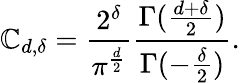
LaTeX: \mathbb{C}_{d,\delta}={\frac{{2^{\delta}}}{{\pi^{\frac{{d}}{{2}}}}}}{\frac{{\Gamma({\frac{{d+\delta}}{{2}}})}}{{\Gamma(-{\frac{{\delta}}{{2}}})}}}.